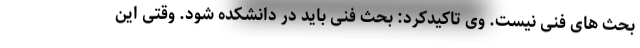
بحث های فنی نیست. وی تاکیدکرد: بحث فنی باید در دانشکده شود. وقتی این